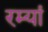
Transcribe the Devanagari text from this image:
रम्यां